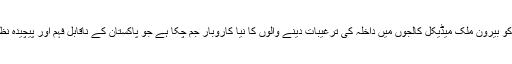
ملک میں ایم بی بی ایس میں داخلہ سے محروم ہونے والوں کو بیرون ملک میڈیکل کالجوں میں داخلہ کی ترغیبات دینے والوں کا نیا کاروبار جم چکا ہے جو پاکستان کے ناقابل فہم اور پیچیدہ نظام تعلیم سے پیدا ہونے والی بے چینی کا فائدہ اٹھا رہے ہیں۔